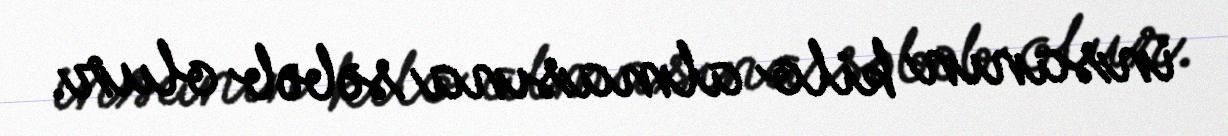
insanın kilo almasına səbəb olur.